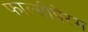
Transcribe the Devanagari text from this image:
फाल्सीपेरम